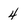
Character: 4